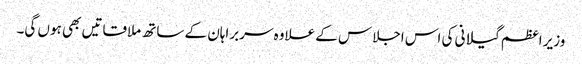
وزیر اعظم گیلانی کی اس اجلاس کے علاوہ سربراہان کے ساتھ ملاقاتیں بھی ہوں گی۔